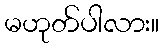
မဟုတ်ပါလား။